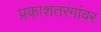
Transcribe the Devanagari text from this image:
प्रकाशतरंगांवर